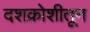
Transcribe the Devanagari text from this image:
दशक्रोशीतून